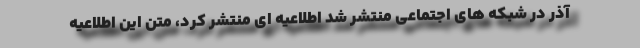
آذر در شبکه های اجتماعی منتشر شد اطلاعیه ای منتشر کرد، متن این اطلاعیه